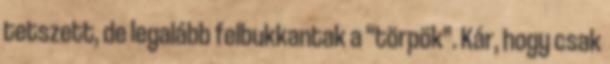
tetszett, de legalább felbukkantak a “törpök”. Kár, hogy csak